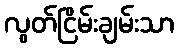
လွတ်ငြိမ်းချမ်းသာ